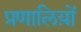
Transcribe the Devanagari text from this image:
प्रणालिय़ों